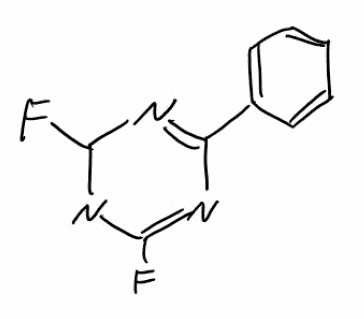
Simplified molecular-input line-entry system (SMILES) notation of the given molecule:
C1=CC=C(C=C1)C2=NC(=NC(=N2)F)F